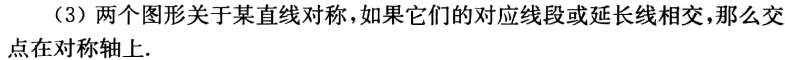
（3）两个图形关于某直线对称，如果它们的对应线段或延长线相交，那么交点在对称轴上.